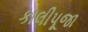
કાલીપૂજા